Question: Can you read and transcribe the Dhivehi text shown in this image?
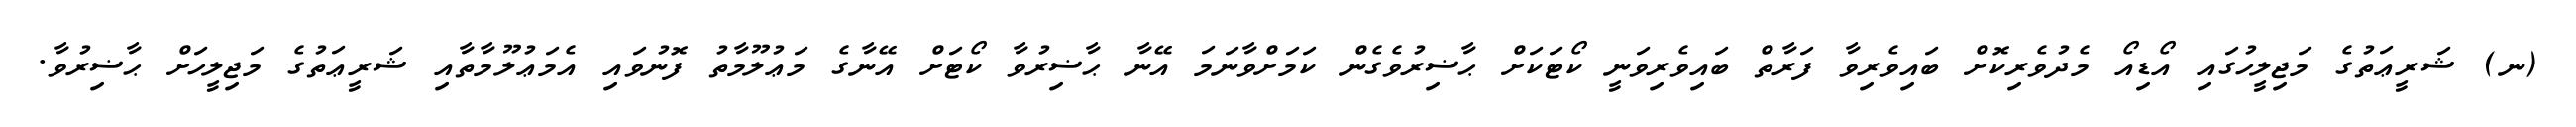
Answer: (ނ) ޝަރީޢަތުގެ މަޖިލީހުގައި އޯޑިއޯ މެދުވެރިކޮށް ބައިވެރިވާ ފަރާތް ބައިވެރިވަނީ ކޯޓަކަށް ޙާޟިރުވެގެން ކަމަށްވާނަމަ އޭނާ ޙާޟިރުވާ ކޯޓަށް އޭނާގެ މަޢުލޫމާތު ފޮނުވައި އެމަޢުލޫމާތާއި ޝަރީޢަތުގެ މަޖިލީހަށް ޙާޟިރުވާ.